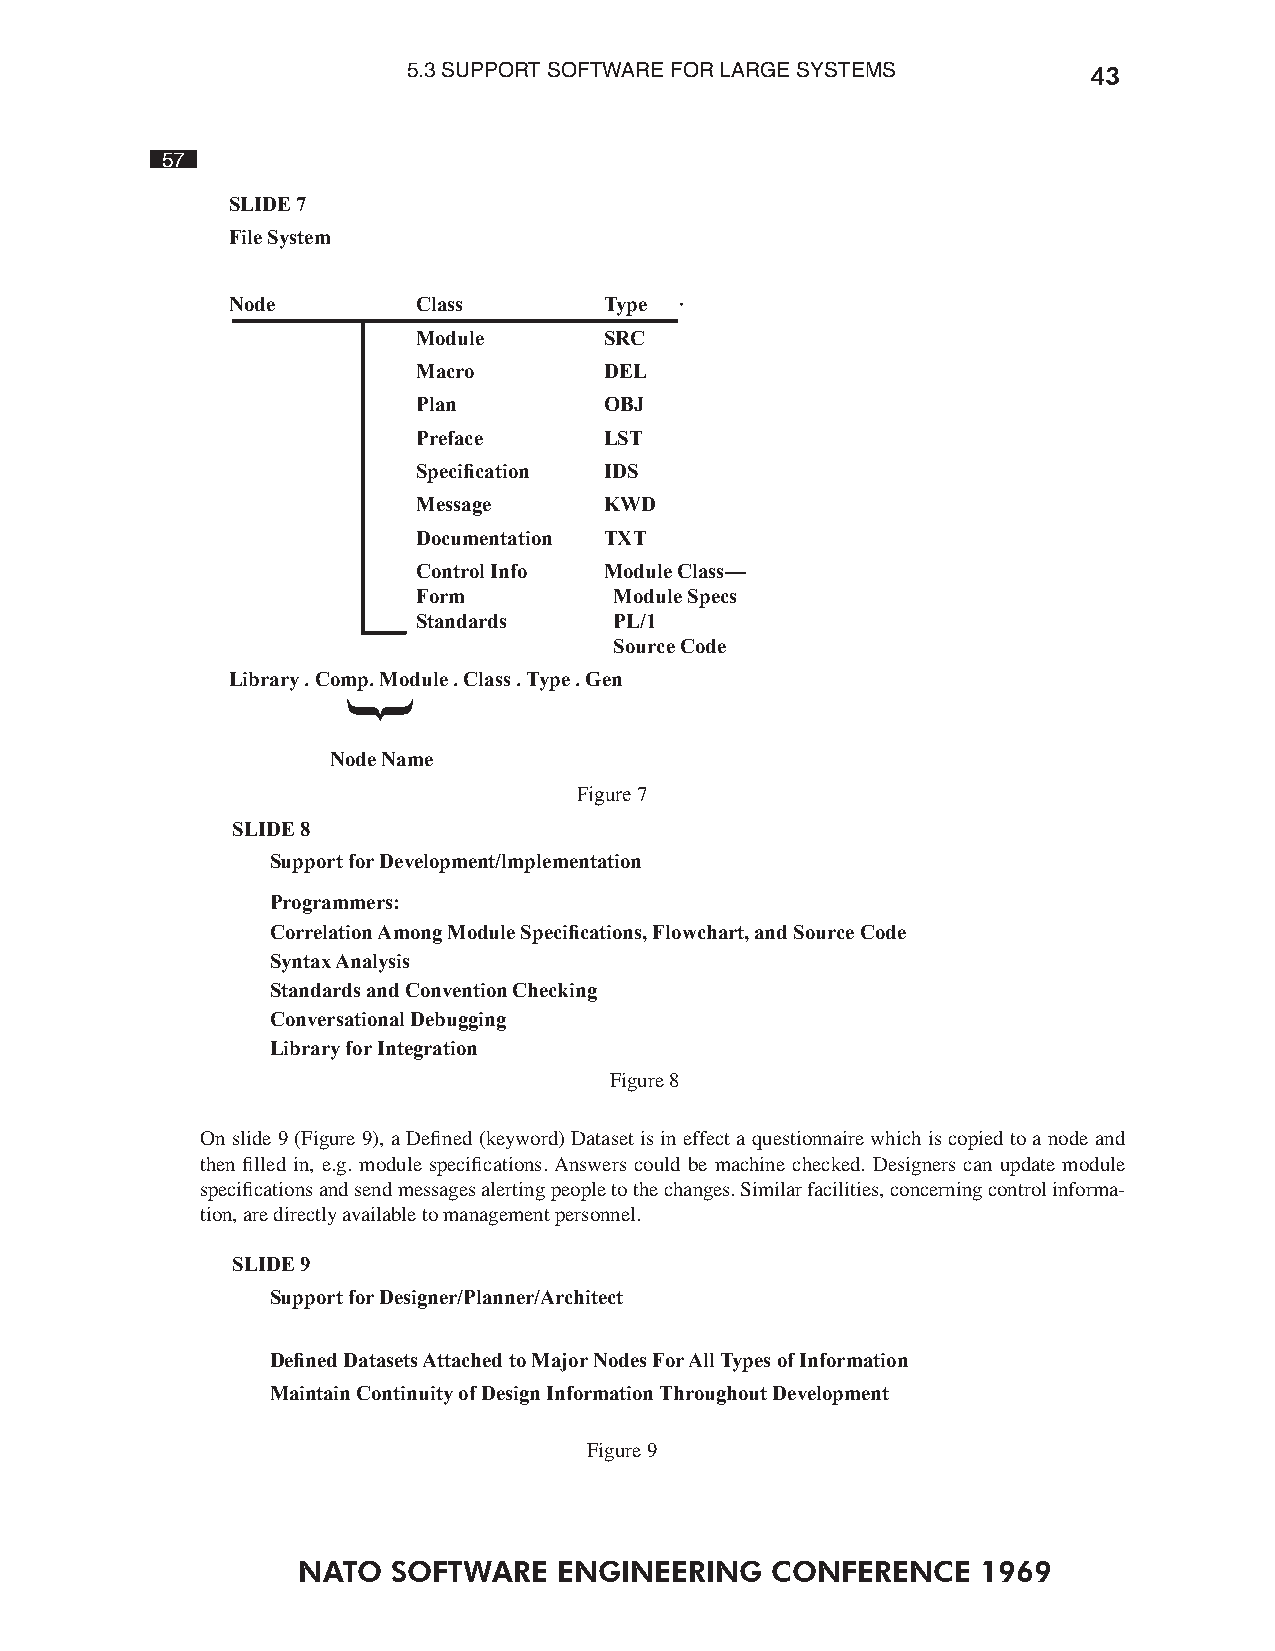
5.3 SUPPORT SOFTWARE FOR LARGE SYSTEMS       43
 57
 SLIDE 7
 File System
 Node         Class       Type ·
 Module      SRC
 Macro       DEL
 Plan        OBJ
 Preface     LST
 Specication IDS
 Message     KWD
 Documentation TXT
 Control Info Module Class—
 Form         Module Specs
 Standards    PL/1
 Source Code
 Library . Comp. Module . Class . Type . Gen
 Node Name
 Figure 7
 SLIDE 8
 Support for Development/lmplementation
 Programmers:
 Correlation Among Module Specications, Flowchart, and Source Code
 Syntax Analysis
 Standards and Convention Checking
 Conversational Debugging
 Library for Integration
 Figure 8
 On slide 9 (Figure 9), a Defined (keyword) Dataset is in effect a questionnaire which is copied to a node and
 then filled in, e.g. module specifications. Answers could be machine checked. Designers can update module
 specifications and send messages alerting people to the changes. Similar facilities, concerning control informa-
 tion, are directly available to management personnel.
 SLIDE 9
 Support for Designer/Planner/Architect
 Dened Datasets Attached to Major Nodes For All Types of Information
 Maintain Continuity of Design Information Throughout Development
 Figure 9
 NATO  SOFTWARE   ENGINEERING   CONFERENCE    1969
 }